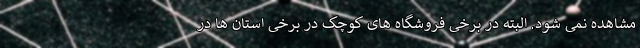
مشاهده نمی شود. البته در برخی فروشگاه های کوچک در برخی استان ها در